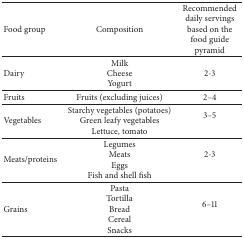
<table><thead><tr><td><b>Food group</b></td><td><b>Composition</b></td><td><b>Recommended daily servings based on the food guide pyramid </b></td></tr></thead><tbody><tr><td>Dairy</td><td>MilkCheeseYogurt</td><td>2-3</td></tr><tr><td>Fruits</td><td>Fruits (excluding juices)</td><td>2–4</td></tr><tr><td>Vegetables</td><td>Starchy vegetables (potatoes) Green leafy vegetablesLettuce, tomato</td><td>3–5</td></tr><tr><td>Meats/proteins</td><td>LegumesMeats EggsFish and shell fish </td><td>2-3</td></tr><tr><td>Grains</td><td>PastaTortillaBreadCerealSnacks </td><td>6–11</td></tr></tbody></table>